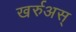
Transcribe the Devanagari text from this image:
खर्रुअस्